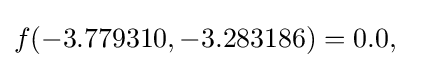
f(-3.779310,-3.283186)=0.0,\quad